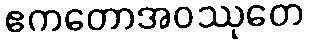
ဧကတောအဝဿုတေ